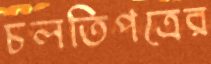
চলতিপত্রের